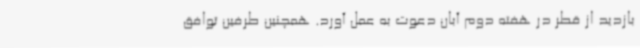
بازدید از قطر در هفته دوم آبان دعوت به عمل آورد. همچنین طرفین توافق